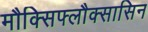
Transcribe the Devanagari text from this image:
मौक्सिफ्लौक्सासिन